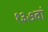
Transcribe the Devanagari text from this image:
१३७वां